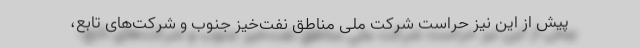
پیش از این نیز حراست شرکت ملی مناطق نفت‌خیز جنوب و شرکت‌های تابع،